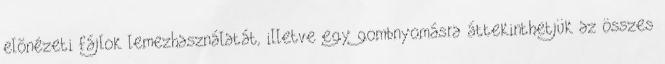
elõnézeti fájlok lemezhasználatát, illetve egy gombnyomásra áttekinthetjük az összes